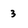
Character: 3